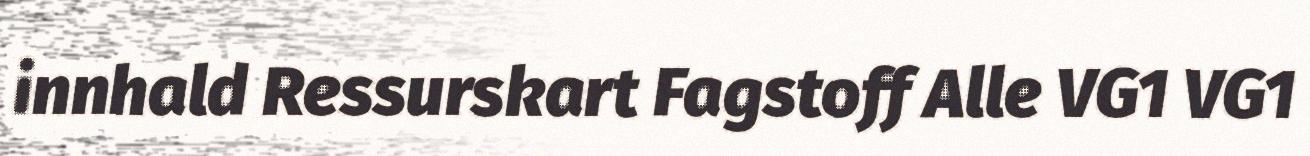
innhald Ressurskart Fagstoff Alle VG1 VG1